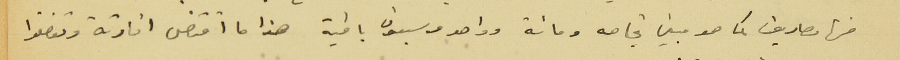
منها مصاريف كما هو مبين تجاهه ومائة وواحد وسبعون باقية هذا ما أقتضى افادتة وتقضلوا